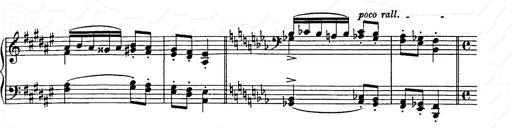
Title: Hungarian Rhapsody No.9
Composer: Franz Liszt
Key: E-flat major